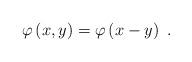
LaTeX: \begin{align*}\varphi\left( x,y\right) =\varphi\left( x-y\right) \ .\end{align*}